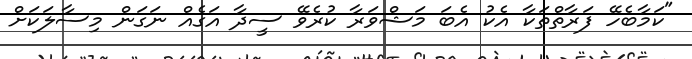
"ކަމާބެހޭ ފަރާތްތަކާ އެކު އެބަ މަޝްވަރާ ކުރެވޭ ސީދާ އަގެއް ނަގަން މިސާލަކަށް